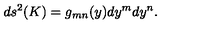
d s ^ { 2 } ( K ) = g _ { m n } ( y ) d y ^ { m } d y ^ { n } .